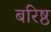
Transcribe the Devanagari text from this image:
बरिष्ठ